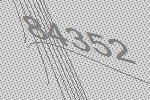
84352